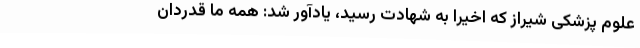
علوم پزشکی شیراز که اخیراً به شهادت رسید، یادآور شد: همه ما قدردان